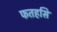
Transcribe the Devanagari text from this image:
फतहसि